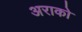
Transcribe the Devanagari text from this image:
अराको